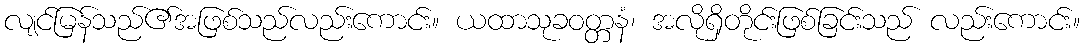
လျင်မြန်သည်၏အဖြစ်သည်လည်းကောင်း။ ယထာသုခဝတ္တနံ၊ အလိုရှိတိုင်းဖြစ်ခြင်းသည် လည်းကောင်း။